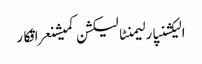
الیکشنپارلیمنٹالیکشن کمیشنعراقکار